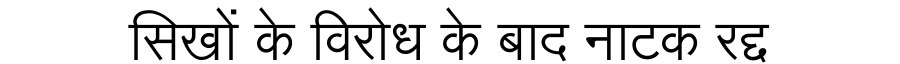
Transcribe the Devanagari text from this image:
सिखों के विरोध के बाद नाटक रद्द